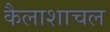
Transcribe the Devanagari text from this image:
कैलाशाचल